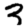
Digit: 3